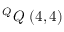
^ { Q } Q \ ( 4 , 4 )